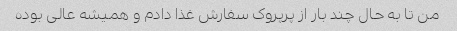
من تا به حال چند بار از پرپروک سفارش غذا دادم و همیشه عالی بوده